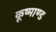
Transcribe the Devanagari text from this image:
कूष्माण्ड